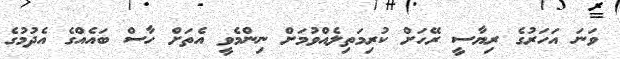
ވަނަ އަހަރުގެ ރިޔާސީ ރޭހަށް ކުރިމަތިލެއްވުމަށް ނިންމެވީ އެތަށް ހާސް ބައެއްގެ އެދުމުގެ